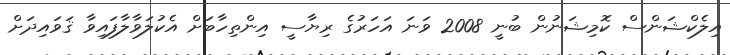
އިލެކްޝަންސް ކޮމިޝަނުން ބުނީ 2008 ވަނަ އަހަރުގެ ރިޔާސީ އިންތިހާބަށް އެކުލަވާލާފައިވާ ޤަވައިދަށް